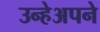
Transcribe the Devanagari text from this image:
उन्हेअपने